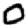
Digit: 0